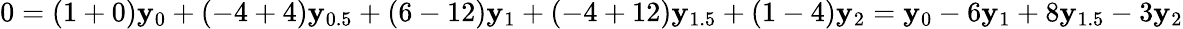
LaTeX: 0=(1+0)\mathbf{y}_{0}+(-4+4)\mathbf{y}_{0.5}+(6-12)\mathbf{y}_{1}+(-4+12)\mathbf{y}_{1.5}+(1-4)\mathbf{y}_{2}=\mathbf{y}_{0}-6\mathbf{y}_{1}+8\mathbf{y}_{1.5}-3\mathbf{y}_{2}